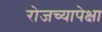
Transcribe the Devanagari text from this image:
रोजच्यापेक्षा